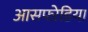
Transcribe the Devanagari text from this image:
आसफ्ऱेडिया